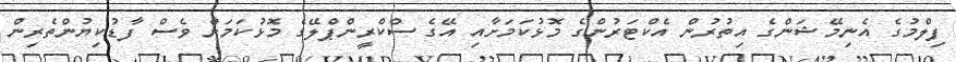
ފިލްމުގެ އެނިމޭޝަންގެ އިތުރުން އެކްޓަރުންގެ މޮޅުކަމަށާއި އޭގެ ސްކްރީންޕްލޭގެ މޮޅުކަމަށް ވެސް ފާޑުކިޔުންތެރިން